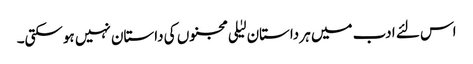
اس لئے ادب میں ہر داستان لیٰلی مجنوں کی داستان نہیں ہوسکتی۔